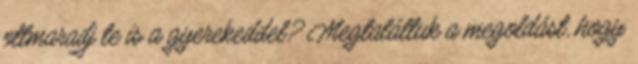
ottmaradj te is a gyerekeddel? Megtaláltuk a megoldást, hogy